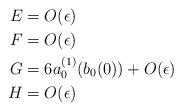
LaTeX: \begin{align*} E & = O(\epsilon) \\ F & = O(\epsilon) \\ G & = 6a_{0}^{(1)}(b_{0}(0)) + O(\epsilon) \\ H & = O(\epsilon)\end{align*}